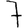
Digit: 7